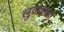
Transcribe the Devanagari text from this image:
लुदोवोको